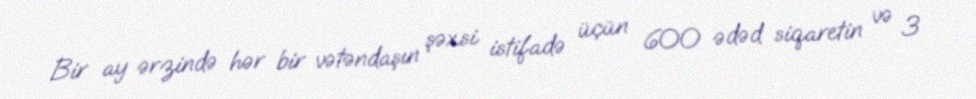
Bir ay ərzində hər bir vətəndaşın şəxsi istifadə üçün 600 ədəd siqaretin və 3